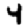
Digit: 4